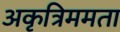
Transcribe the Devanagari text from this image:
अकृत्रिममता